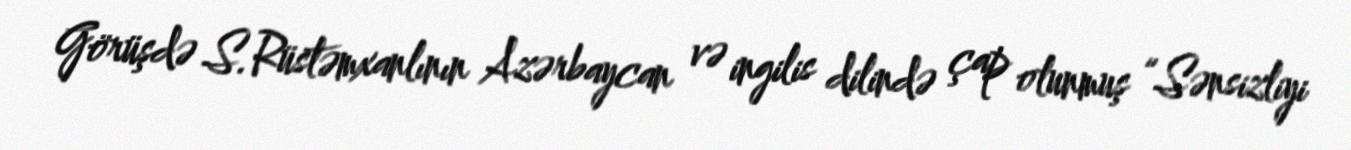
Görüşdə S.Rüstəmxanlının Azərbaycan və ingilis dilində çap olunmuş “Sənsizliyi